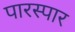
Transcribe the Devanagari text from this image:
पारस्पार